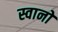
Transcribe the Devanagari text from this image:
स्वानों